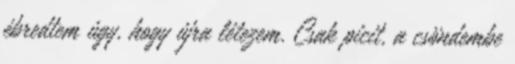
ébredtem úgy, hogy újra létezem. Csak picit, a csöndembe